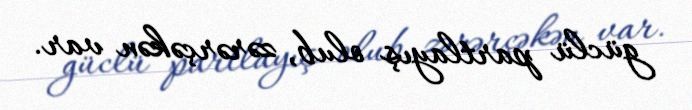
güclü partlayış olub, zərərçəkən var.